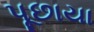
પૂછાયા